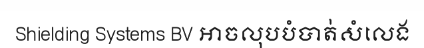
Shielding Systems BV អាចលុបបំបាត់សំលេង